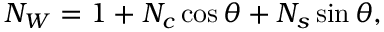
\begin{array} { r } { N _ { W } = 1 + N _ { c } \cos \theta + N _ { s } \sin \theta , } \end{array}